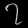
Digit: ၇